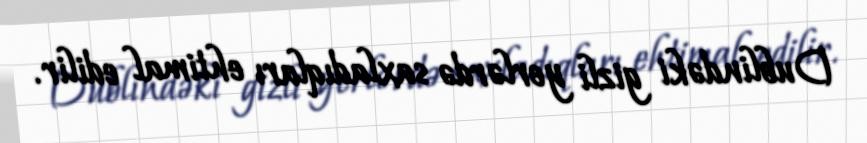
Dublindəki gizli yerlərdə saxladıqları ehtimal edilir.